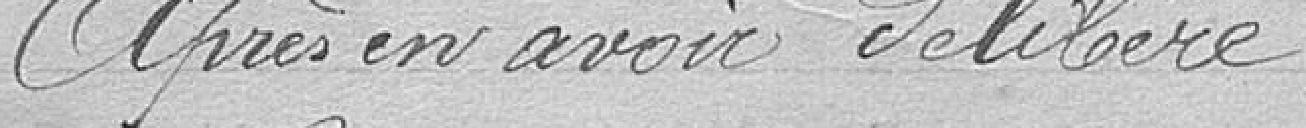
Après avoir délibéré :